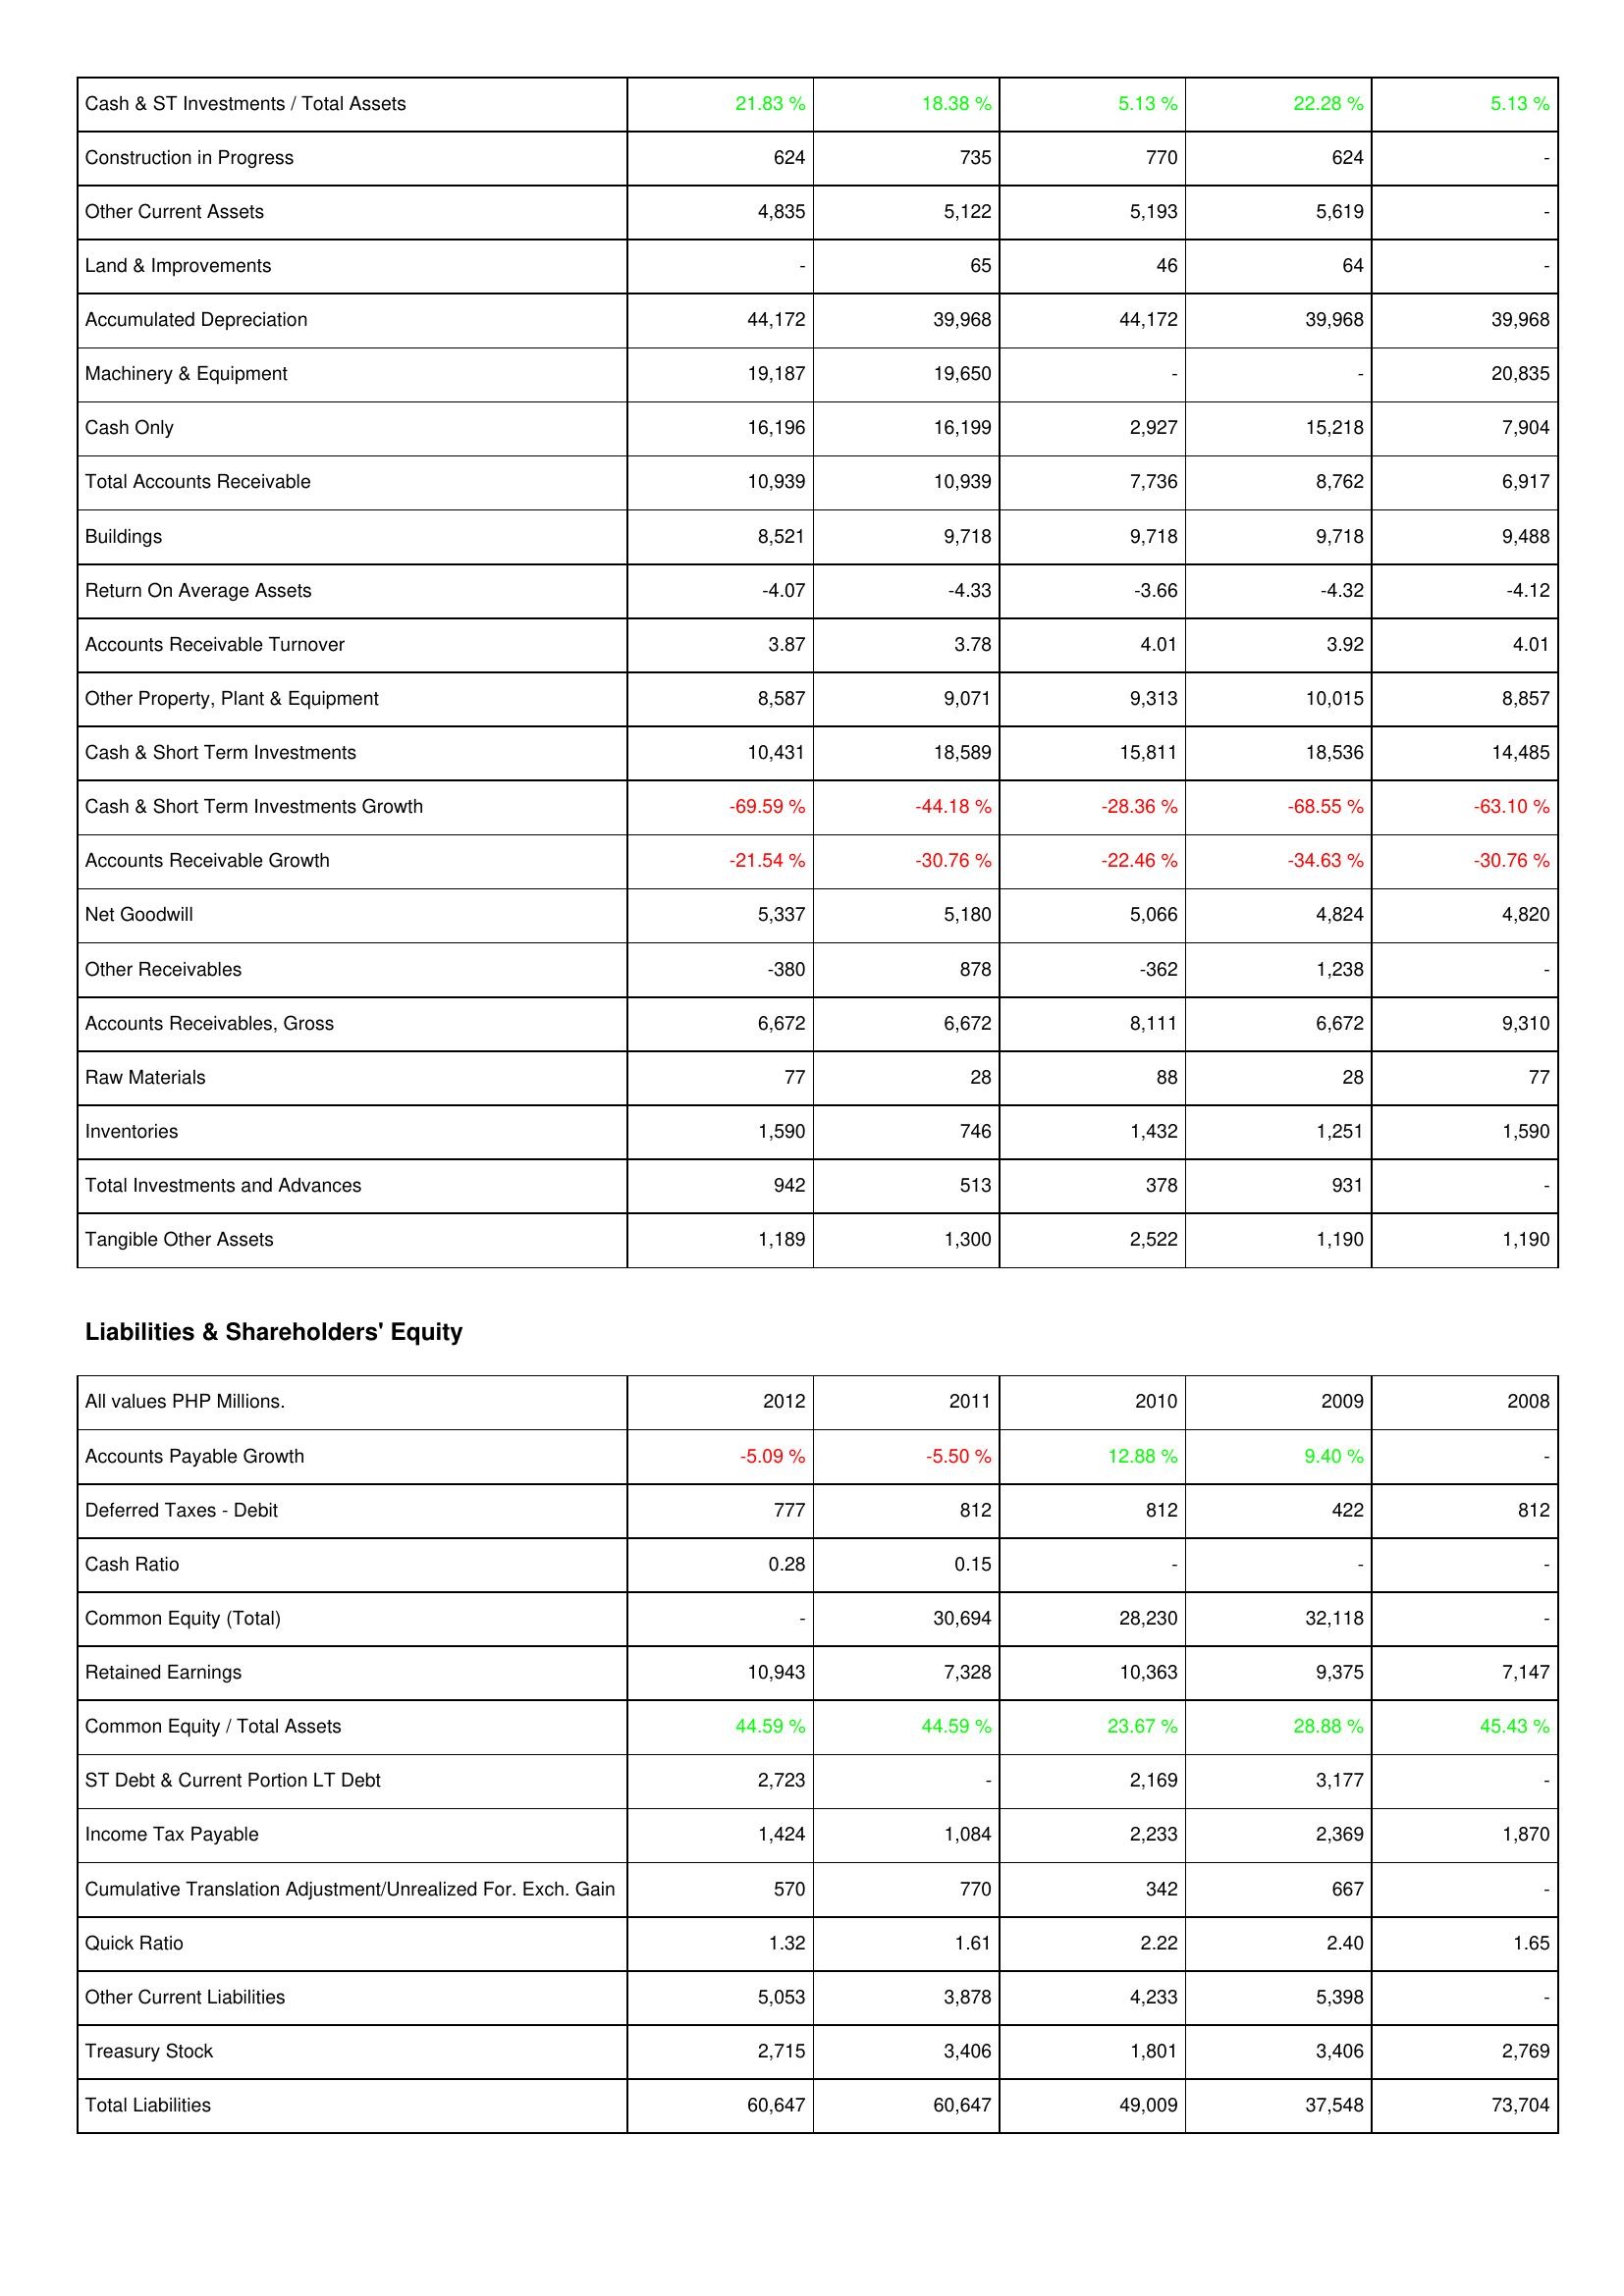
2012: Assets: Cash & ST Investments / Total Assets: 21.83 %
Construction in Progress: 624
Other Current Assets: 4,835
Land & Improvements: -
Accumulated Depreciation: 44,172
Machinery & Equipment: 19,187
Cash Only: 16,196
Total Accounts Receivable: 10,939
Buildings: 8,521
Return On Average Assets: -4.07
Accounts Receivable Turnover: 3.87
Other Property, Plant & Equipment: 8,587
Cash & Short Term Investments: 10,431
Cash & Short Term Investments Growth: -69.59 %
Accounts Receivable Growth: -21.54 %
Net Goodwill: 5,337
Other Receivables: -380
Accounts Receivables, Gross: 6,672
Raw Materials: 77
Inventories: 1,590
Total Investments and Advances: 942
Tangible Other Assets: 1,189
Liabilities & Shareholders' Equity: Accounts Payable Growth: -5.09 %
Deferred Taxes - Debit: 777
Cash Ratio: 0.28
Common Equity (Total): -
Retained Earnings: 10,943
Common Equity / Total Assets: 44.59 %
ST Debt & Current Portion LT Debt: 2,723
Income Tax Payable: 1,424
Cumulative Translation Adjustment/Unrealized For. Exch. Gain: 570
Quick Ratio: 1.32
Other Current Liabilities: 5,053
Treasury Stock: 2,715
Total Liabilities: 60,647
2011: Assets: Cash & ST Investments / Total Assets: 18.38 %
Construction in Progress: 735
Other Current Assets: 5,122
Land & Improvements: 65
Accumulated Depreciation: 39,968
Machinery & Equipment: 19,650
Cash Only: 16,199
Total Accounts Receivable: 10,939
Buildings: 9,718
Return On Average Assets: -4.33
Accounts Receivable Turnover: 3.78
Other Property, Plant & Equipment: 9,071
Cash & Short Term Investments: 18,589
Cash & Short Term Investments Growth: -44.18 %
Accounts Receivable Growth: -30.76 %
Net Goodwill: 5,180
Other Receivables: 878
Accounts Receivables, Gross: 6,672
Raw Materials: 28
Inventories: 746
Total Investments and Advances: 513
Tangible Other Assets: 1,300
Liabilities & Shareholders' Equity: Accounts Payable Growth: -5.50 %
Deferred Taxes - Debit: 812
Cash Ratio: 0.15
Common Equity (Total): 30,694
Retained Earnings: 7,328
Common Equity / Total Assets: 44.59 %
ST Debt & Current Portion LT Debt: -
Income Tax Payable: 1,084
Cumulative Translation Adjustment/Unrealized For. Exch. Gain: 770
Quick Ratio: 1.61
Other Current Liabilities: 3,878
Treasury Stock: 3,406
Total Liabilities: 60,647
2010: Assets: Cash & ST Investments / Total Assets: 5.13 %
Construction in Progress: 770
Other Current Assets: 5,193
Land & Improvements: 46
Accumulated Depreciation: 44,172
Machinery & Equipment: -
Cash Only: 2,927
Total Accounts Receivable: 7,736
Buildings: 9,718
Return On Average Assets: -3.66
Accounts Receivable Turnover: 4.01
Other Property, Plant & Equipment: 9,313
Cash & Short Term Investments: 15,811
Cash & Short Term Investments Growth: -28.36 %
Accounts Receivable Growth: -22.46 %
Net Goodwill: 5,066
Other Receivables: -362
Accounts Receivables, Gross: 8,111
Raw Materials: 88
Inventories: 1,432
Total Investments and Advances: 378
Tangible Other Assets: 2,522
Liabilities & Shareholders' Equity: Accounts Payable Growth: 12.88 %
Deferred Taxes - Debit: 812
Cash Ratio: -
Common Equity (Total): 28,230
Retained Earnings: 10,363
Common Equity / Total Assets: 23.67 %
ST Debt & Current Portion LT Debt: 2,169
Income Tax Payable: 2,233
Cumulative Translation Adjustment/Unrealized For. Exch. Gain: 342
Quick Ratio: 2.22
Other Current Liabilities: 4,233
Treasury Stock: 1,801
Total Liabilities: 49,009
2009: Assets: Cash & ST Investments / Total Assets: 22.28 %
Construction in Progress: 624
Other Current Assets: 5,619
Land & Improvements: 64
Accumulated Depreciation: 39,968
Machinery & Equipment: -
Cash Only: 15,218
Total Accounts Receivable: 8,762
Buildings: 9,718
Return On Average Assets: -4.32
Accounts Receivable Turnover: 3.92
Other Property, Plant & Equipment: 10,015
Cash & Short Term Investments: 18,536
Cash & Short Term Investments Growth: -68.55 %
Accounts Receivable Growth: -34.63 %
Net Goodwill: 4,824
Other Receivables: 1,238
Accounts Receivables, Gross: 6,672
Raw Materials: 28
Inventories: 1,251
Total Investments and Advances: 931
Tangible Other Assets: 1,190
Liabilities & Shareholders' Equity: Accounts Payable Growth: 9.40 %
Deferred Taxes - Debit: 422
Cash Ratio: -
Common Equity (Total): 32,118
Retained Earnings: 9,375
Common Equity / Total Assets: 28.88 %
ST Debt & Current Portion LT Debt: 3,177
Income Tax Payable: 2,369
Cumulative Translation Adjustment/Unrealized For. Exch. Gain: 667
Quick Ratio: 2.40
Other Current Liabilities: 5,398
Treasury Stock: 3,406
Total Liabilities: 37,548
2008: Assets: Cash & ST Investments / Total Assets: 5.13 %
Construction in Progress: -
Other Current Assets: -
Land & Improvements: -
Accumulated Depreciation: 39,968
Machinery & Equipment: 20,835
Cash Only: 7,904
Total Accounts Receivable: 6,917
Buildings: 9,488
Return On Average Assets: -4.12
Accounts Receivable Turnover: 4.01
Other Property, Plant & Equipment: 8,857
Cash & Short Term Investments: 14,485
Cash & Short Term Investments Growth: -63.10 %
Accounts Receivable Growth: -30.76 %
Net Goodwill: 4,820
Other Receivables: -
Accounts Receivables, Gross: 9,310
Raw Materials: 77
Inventories: 1,590
Total Investments and Advances: -
Tangible Other Assets: 1,190
Liabilities & Shareholders' Equity: Accounts Payable Growth: -
Deferred Taxes - Debit: 812
Cash Ratio: -
Common Equity (Total): -
Retained Earnings: 7,147
Common Equity / Total Assets: 45.43 %
ST Debt & Current Portion LT Debt: -
Income Tax Payable: 1,870
Cumulative Translation Adjustment/Unrealized For. Exch. Gain: -
Quick Ratio: 1.65
Other Current Liabilities: -
Treasury Stock: 2,769
Total Liabilities: 73,704